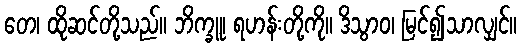
တေ၊ ထိုဆင်တို့သည်။ ဘိက္ခူ၊ ရဟန်းတို့ကို။ ဒိသွာဝ၊ မြင်၍သာလျှင်။